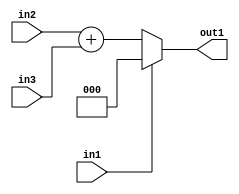
`timescale 1ps / 1ps
/*****************************************************************************
    Verilog RTL Description
    
    
    Created by: Stratus DpOpt 21.05.01 
*******************************************************************************/

module dut_entirecomputation_alt3_0 (
	in1,
	in2,
	in3,
	out1
	); /* architecture "behavioural" */ 
input  in1,
	in2;
input [1:0] in3;
output [2:0] out1;
wire [2:0] asc001,
	asc002;

assign asc002 = 
	+(in2)
	+(in3);

reg [2:0] asc001_tmp_0;
assign asc001 = asc001_tmp_0;
always @ (in1 or asc002) begin
	case (in1)
		1'B1 : asc001_tmp_0 = 3'B000 ;
		default : asc001_tmp_0 = asc002 ;
	endcase
end

assign out1 = asc001;
endmodule

/* CADENCE  uLnwQww= : u9/ySxbfrwZIxEzHVQQV8Q== ** DO NOT EDIT THIS LINE ******/